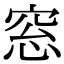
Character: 窓